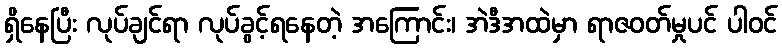
ရှိနေပြီး လုပ်ချင်ရာ လုပ်ခွင့်ရနေတဲ့ အကြောင်း၊ အဲဒီအထဲမှာ ရာဇဝတ်မှုပင် ပါဝင်